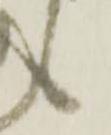
候